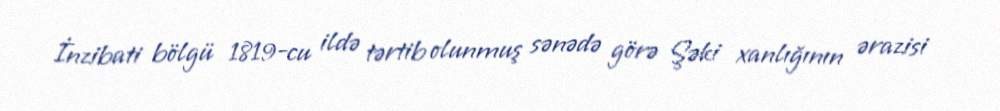
İnzibati bölgü 1819-cu ildə tərtib olunmuş sənədə görə Şəki xanlığının ərazisi